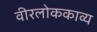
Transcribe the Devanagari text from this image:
वीरलोककाव्य